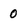
Character: 0